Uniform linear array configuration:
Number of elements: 24
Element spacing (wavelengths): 1
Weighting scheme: kaiser
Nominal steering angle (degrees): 15
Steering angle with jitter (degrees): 14.957
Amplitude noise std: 0.05
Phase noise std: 0.05

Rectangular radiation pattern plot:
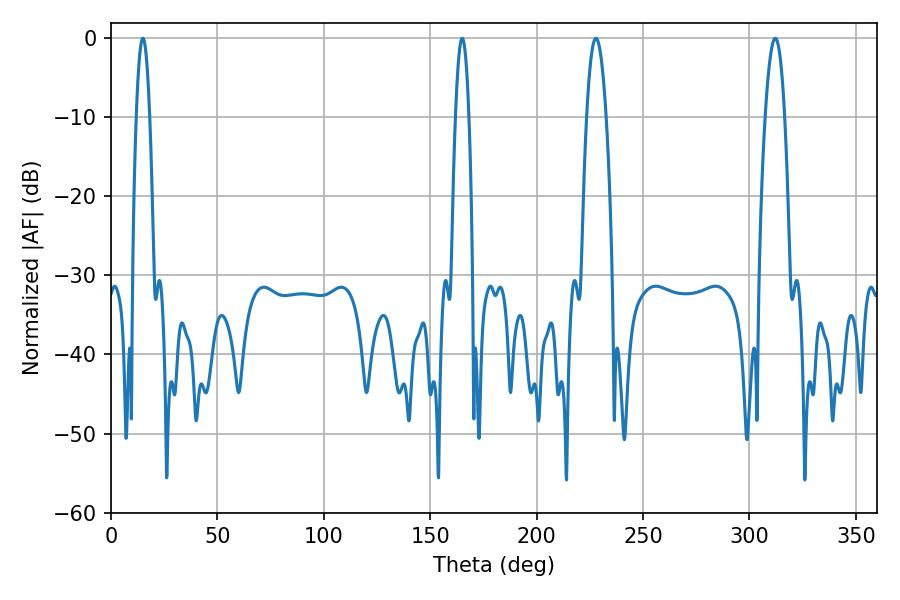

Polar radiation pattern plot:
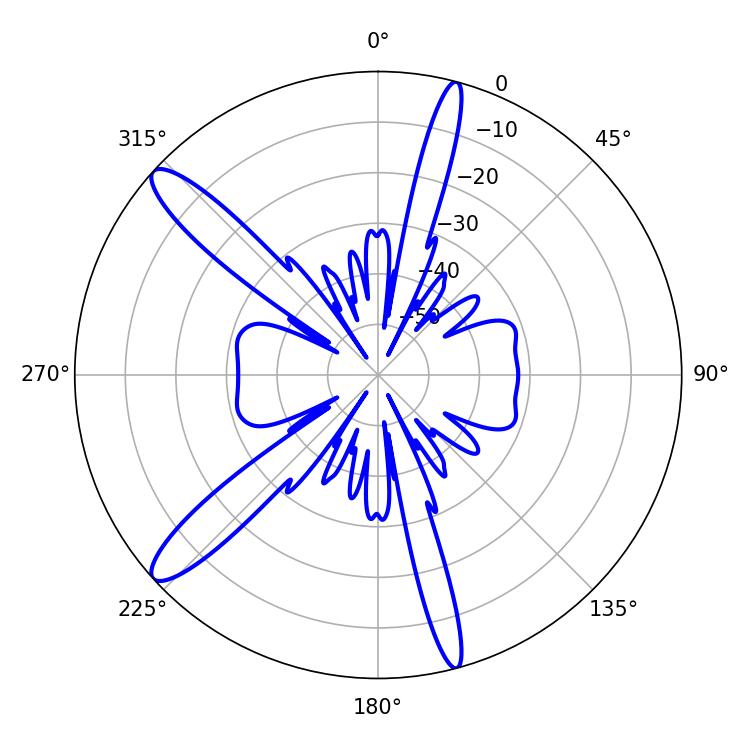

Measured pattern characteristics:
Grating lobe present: TRUE
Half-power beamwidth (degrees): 5.04
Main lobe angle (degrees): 227.88